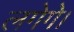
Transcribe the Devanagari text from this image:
लगेगे।